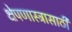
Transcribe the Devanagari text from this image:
क्षेपणास्त्रासाठी